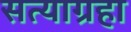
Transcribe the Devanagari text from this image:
सत्याग्रहा